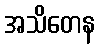
အသိတေန